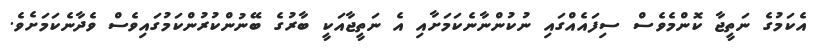
އެކަމުގެ ނަތީޖާ ކޮންމެވެސް ސިފައެއްގައި ނުކުންނާނެކަމަށާއި އެ ނަތީޖާއަކީ ބާރުގެ ބޭނުންކުރުންކަމުގައިވެސް ވެދާނެކަމަށެވެ.